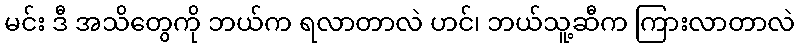
မင်း ဒီ အသိတွေကို ဘယ်က ရလာတာလဲ ဟင်၊ ဘယ်သူ့ဆီက ကြားလာတာလဲ